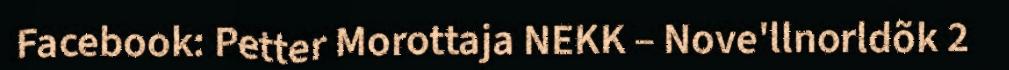
Facebook: Petter Morottaja NEKK – Nove'llnorldõk 2